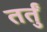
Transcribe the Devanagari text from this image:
तर्तुं